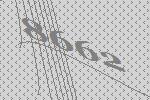
8662